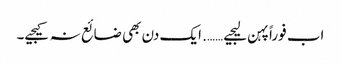
اب فوراً پہن لیجیے……. ایک دن بھی ضائع نہ کیجیے۔